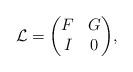
LaTeX: \begin{gather*}\mathcal{L} = \begin{gathered}\begin{pmatrix} F & G \\ I & 0 \end{pmatrix}\end{gathered},\end{gather*}